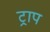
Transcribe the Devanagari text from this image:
ट्राप